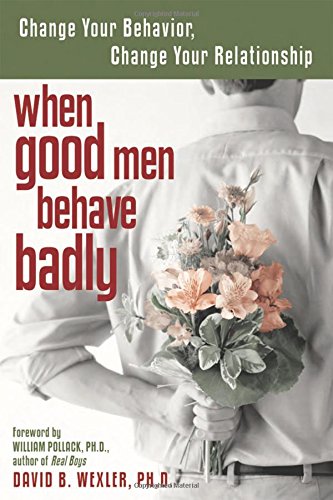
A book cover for When Good Men Behave Badly: Change Your Behavior, Change Your Relationship; David B. Wexler; Health, Fitness & Dieting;